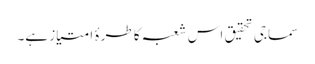
سماجی تحقیق اس شعبہ کا طرۂ امتیاز ہے۔